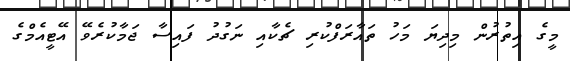
މީގެ އިތުރުން މިދިޔަ މަހު ތައާރަފްކުރި ޗެކާއި ނަގުދު ފައިސާ ޖަމާކުރެވޭ އޭޓީއެމްގެ